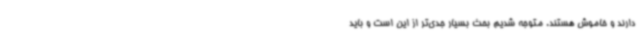
دارند و خاموش هستند. متوجه شدیم بحث بسیار جدی‌تر از این است و باید